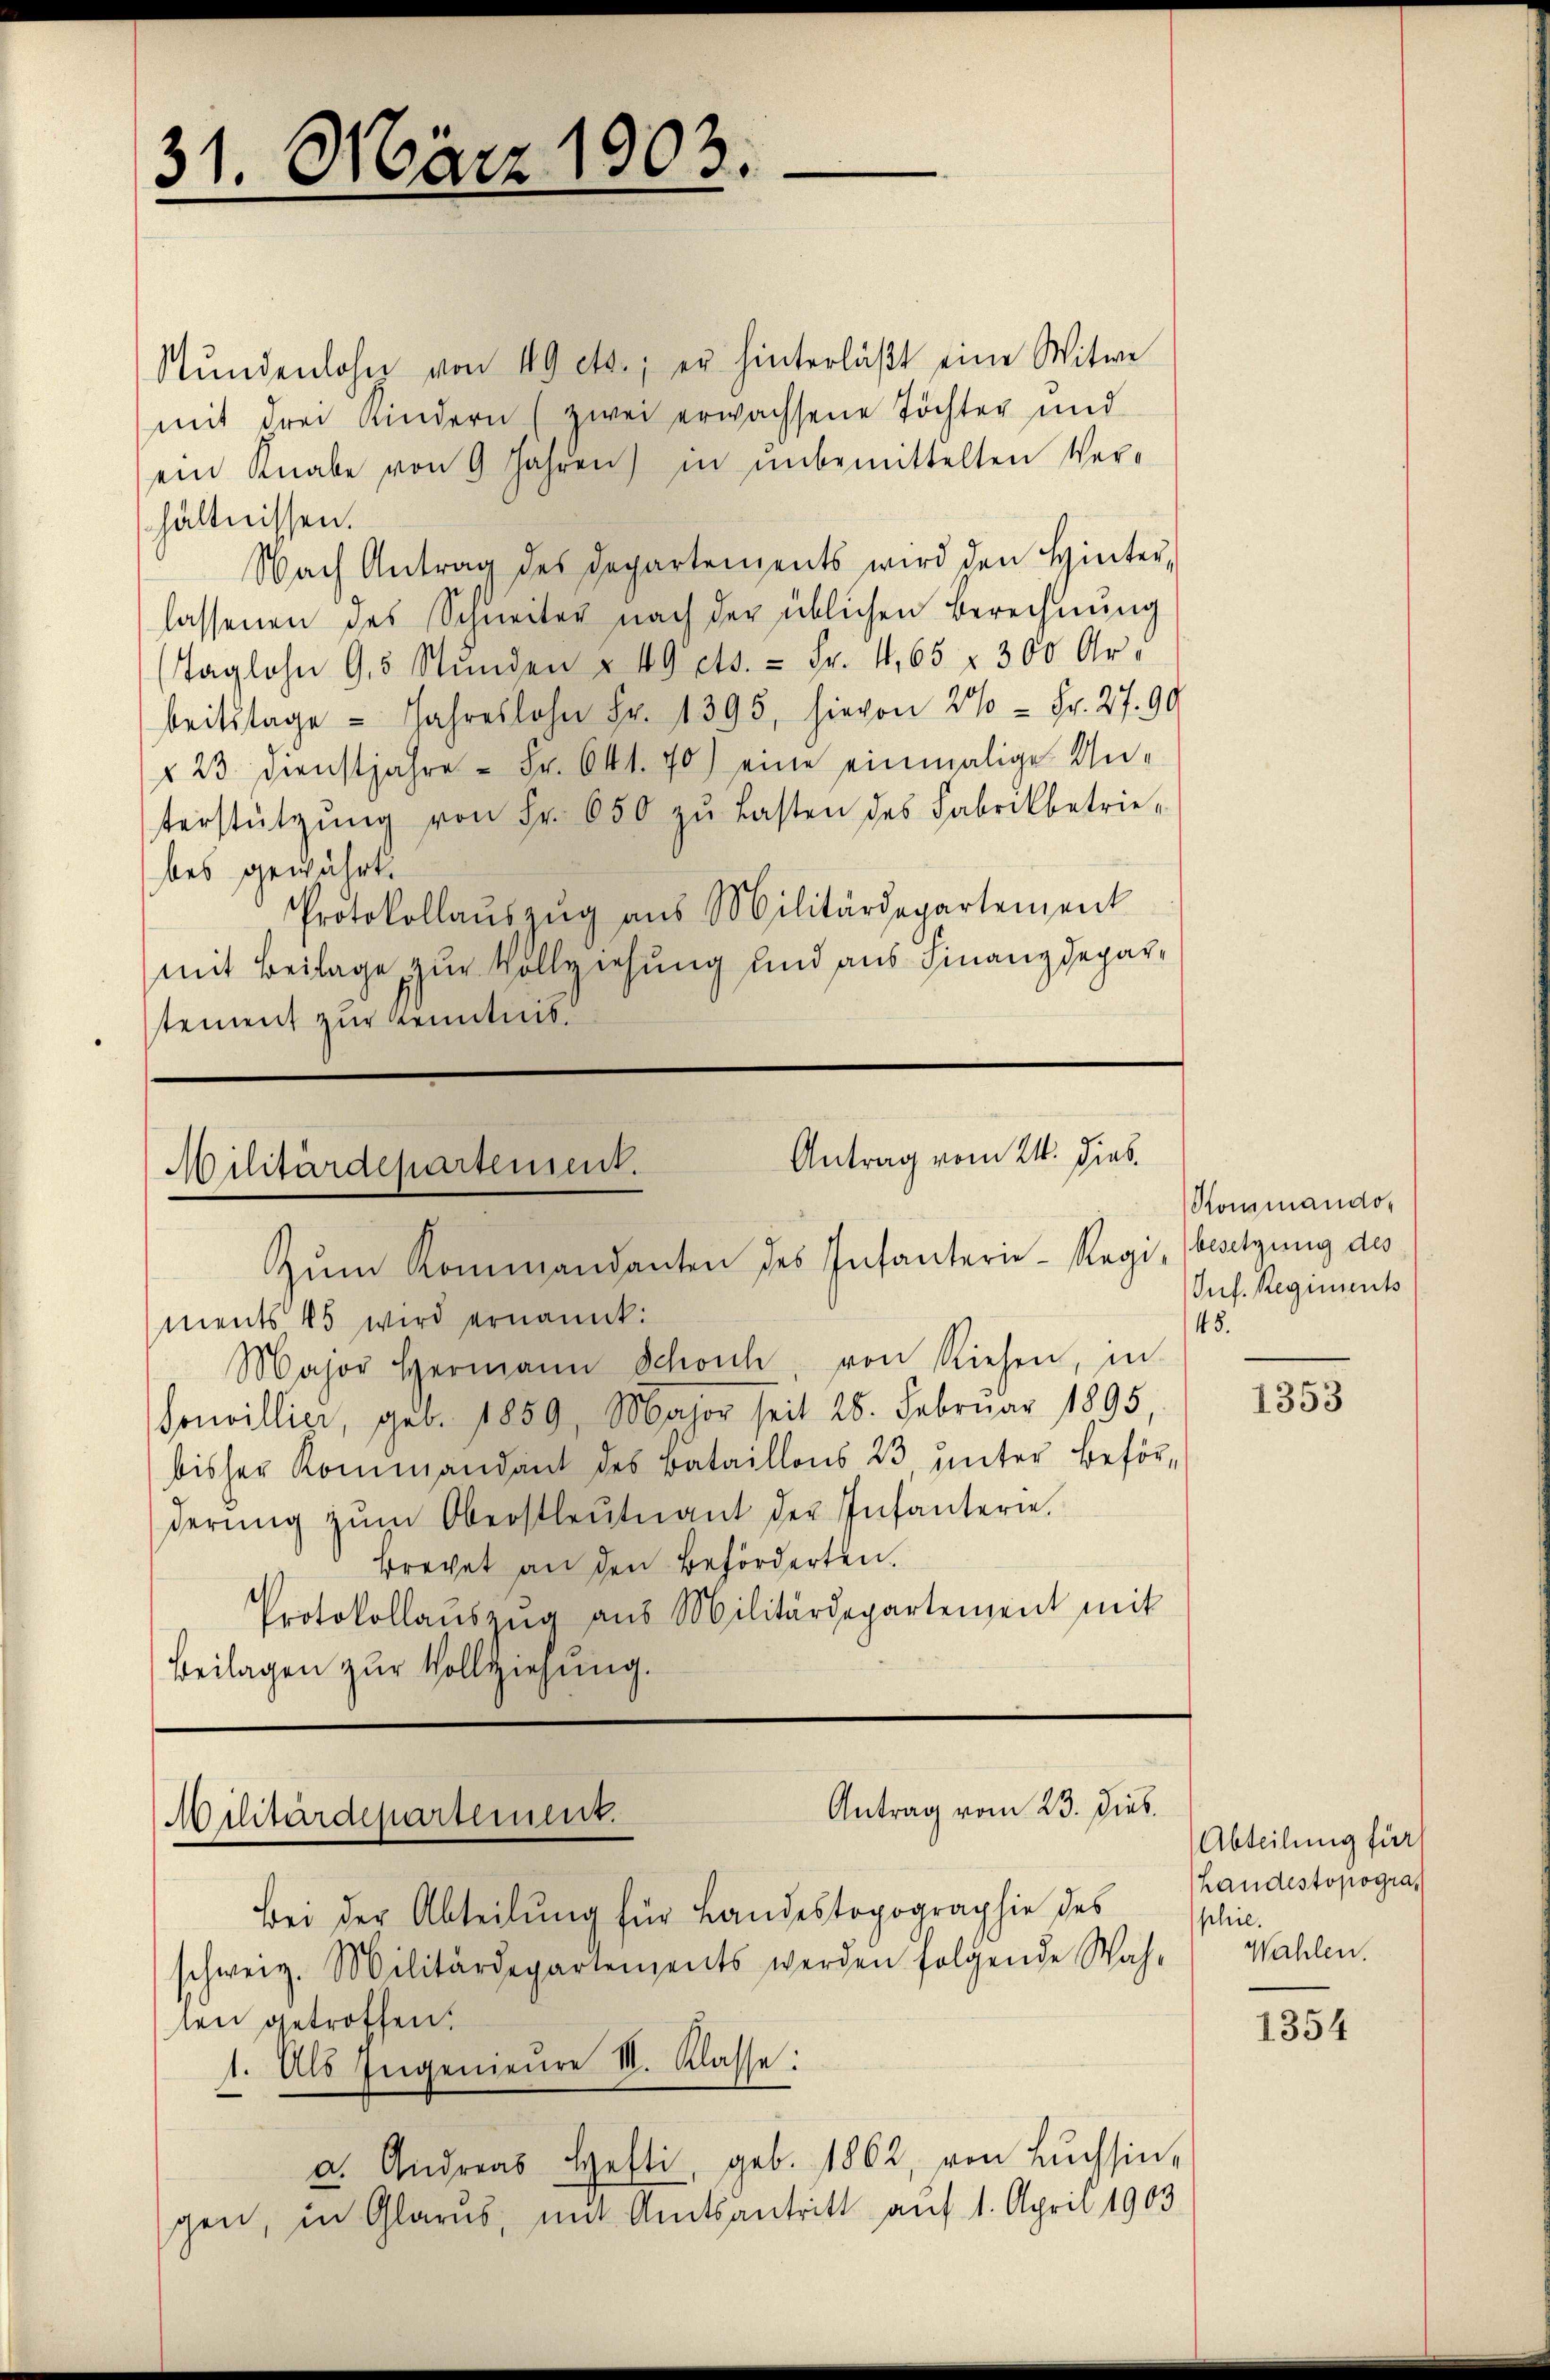
31. März 1903.

Stŭndenlohn von 49 etc.; er hinterläβt eine Witwe
mit drei Kindern (zwei erwachsene Töchter und
ein Knabe von 9 Jahren) in unbemittelten Verhältnissen.
Nach Antrag des Departements wird den Hinter,
lassenen des Schneiter nach der üblichen Berechnŭng
Taglohn 95 Stŭnden § 49 ets. = Fr. 4,65 : 300 Ar
beitslage - Jahreslohn Fr. 1395, hievon 20 = Fr. 27. 90
§ 23 dienstjahre - Fr. 641. 70) eine einmalige Unterstützŭng von Fr. 650 zŭ lasten des Fabrikbetrie-
bes gewährt.
Protokollaŭszŭg ans Militärdepartement
mit Beilage zur Vollziehung und aus Finanzdeparstement zur Kenntnis.

Antrag vom 21. Dieb.
Militärdepartement.
Zŭm Kommandanten des Infanterie-Regi, (besetzung des

ments 45 wird ernannt:
Major Hermann Schoch, von Riehen, in
Souillier, geb. 1859, Major seit 26. Februar 1895,
bisher Kommandant des Bataillons 23 ŭnter Beförderŭng zŭm Oberstleutnant der Infanterie.
brechet an den Beförderten.
Protokollaŭszŭg aŭs Militärdepartement mit
Beilagen zur Vollziehung.

Antrag vom 23. Dieb.
Militärdepartement.

Bei der Abteilŭng für Landestopographie des
schweiz. Militärdepartenzents werden folgende Wah- Wahlen.
ten getroffen.
1. Als Ingenieure III. Klasse:
a. Andreas Hefti, geb. 1862, von Bŭchsin-

Kommandor
Inf. Regiments
45.

gen, in Glarus, mit Amtsantritt auf 1. April 1903

1353

Abteilung für
(Landestopogra
schil.

1354